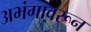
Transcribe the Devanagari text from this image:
अभंगावरून